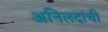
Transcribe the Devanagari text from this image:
अनिलदांची